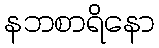
နဘစာရိနော